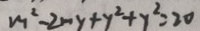
m ^ { 2 } - 2 m y + y ^ { 2 } + y ^ { 2 } = 2 0